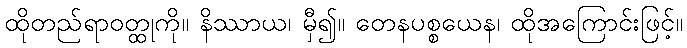
ထိုတည်ရာဝတ္ထုကို။ နိဿာယ၊ မှီ၍။ တေနပစ္စယေန၊ ထိုအကြောင်းဖြင့်။